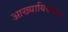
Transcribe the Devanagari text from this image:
आख्यायिकाकार